Annual administration report of the Civil Veterinary Department, Ajmere-Merwara, British Rajputana - 1914-1940
Year: 1914
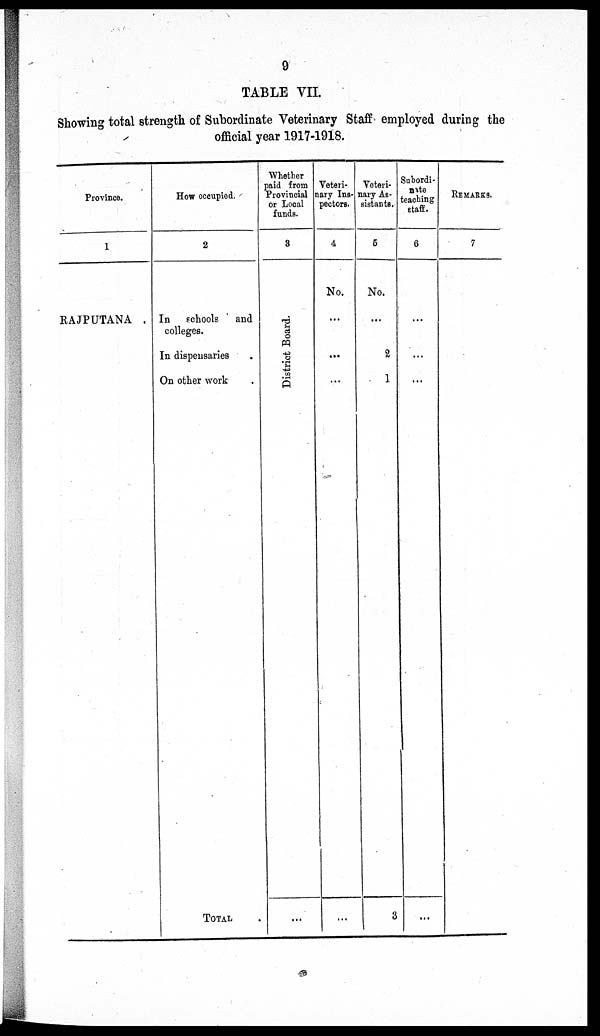
9
TABLE VII.
Showing total strength of Subordinate Veterinary Staff employed during the
official year 1917-1918.
Province.
1
RAJPUTANA
How occupied
2
In
schools
and
colleges.
In dispensaries .
On other work .
TOTAL
Whether
paid from
Provincial
or Local
funds.
3
District Board.
...
Veteri-
nary Ins-
pectors.
4
No.
...
...
...
...
Veteri-
nary As-
sistants.
5
No.
...
2
1
3
Subordi-
nate
teaching
staff.
6
...
...
...
...
REMARKS.
7